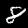
Digit: 8